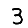
Digit: 3